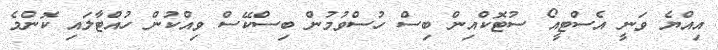
އިއްޔެ ވަނީ އެސްޓީއޯ ސުޓޮކްއިން ބިސް ހުސްވުމުން ބިސްކޭސް ވިއްކުން ހުއްޓާލައި ކޮންމެ